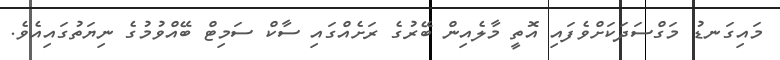
މައިގަނޑު މަގްސަދަކަށްވެފައި އޮތީ މާލެއިން ބޭރުގެ ރަށެއްގައި ސާކް ސަމިޓް ބޭއްވުމުގެ ނިޔަތުގައިއެވެ.